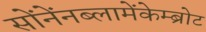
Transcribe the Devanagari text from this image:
सोंनेंनब्लामेंकेम्ब्रोट